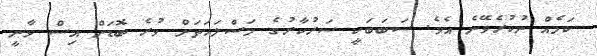
ކަމެއް ނުކުރެވޭނެ އެވެ. ސަބަބަކީ ސަރުކާރުގެ މަސްލަހަތަށް ވުރެ ބޮޑަށް އިސް ވާނީ